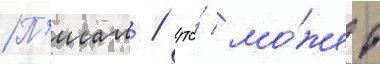
П'исал / что́ мо́жет